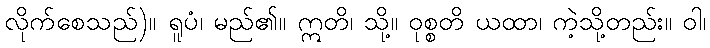
လိုက်စေသည်)။ ရူပံ၊ မည်၏။ ဣတိ၊ သို့။ ဝုစ္စတိ ယထာ၊ ကဲ့သို့တည်း။ ဝါ၊